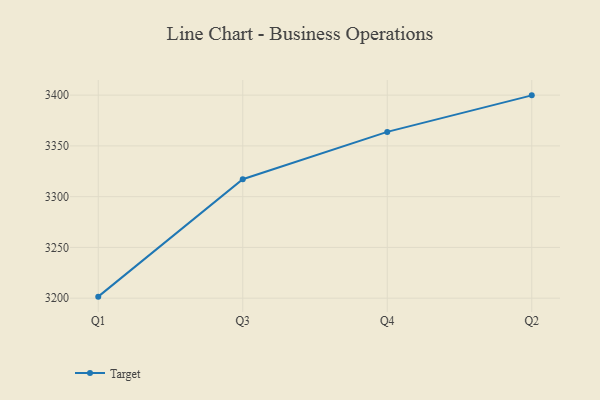
{"axis": {"x": "Quarter", "y": "Churn Rate (%)"}, "legend": ["Target"], "data": [{"x": "Q1", "y": 3201.5, "type": "Target"}, {"x": "Q3", "y": 3317.2, "type": "Target"}, {"x": "Q4", "y": 3363.8, "type": "Target"}, {"x": "Q2", "y": 3399.8, "type": "Target"}]}